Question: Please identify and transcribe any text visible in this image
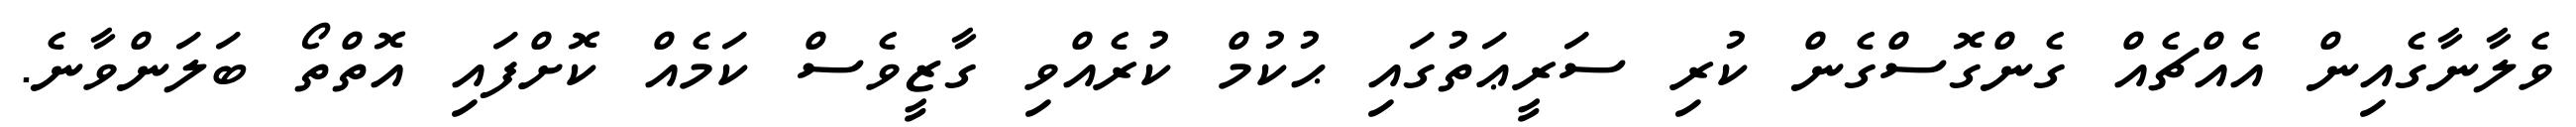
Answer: ވެލާނާގެއިން އެއްޗެއް ގެންގޮސްގެން ކުރި ސަރީޢަތުގައި ޙުކުމް ކުރެއްވި ގާޒީވެސް ކަމެއް ކޮށްފައި އޮތްތޯ ބަލަންވާނެ.